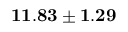
{ \bf 1 1 . 8 3 \pm 1 . 2 9 }